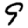
Digit: 9